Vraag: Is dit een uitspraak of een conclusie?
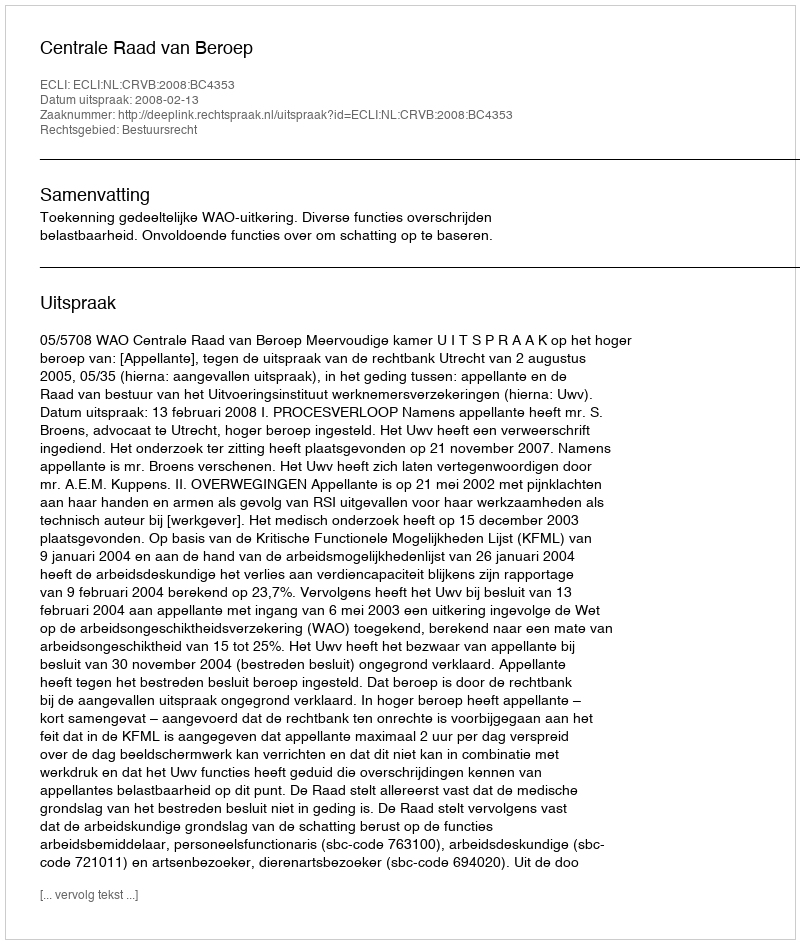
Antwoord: Uitspraak